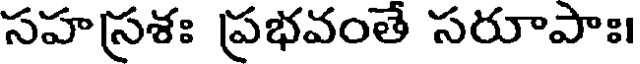
సహస్రశః ప్రభవంతే సరూపాః।